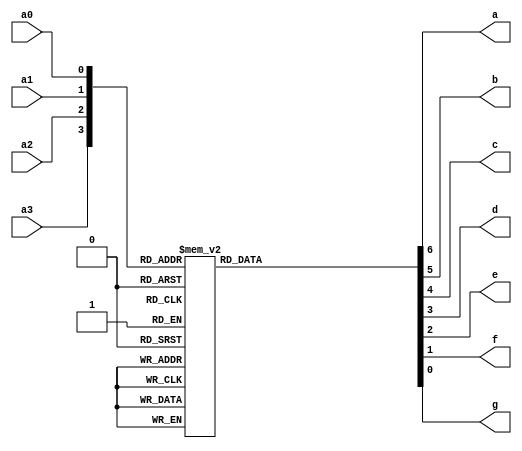
module Display(a3,a2,a1,a0,a,b,c,d,e,f,g);
	output a,b,c,d,e,f,g;
	input a3,a2,a1,a0;
	reg[6:0] segmentos;
	always @(*)
	case({a3,a2,a1,a0})
		4'b0000: segmentos=7'b0000001;
		4'b0001: segmentos=7'b1001111;
		4'b0010: segmentos=7'b0010010;
		4'b0011: segmentos=7'b0000110;
		4'b0100: segmentos=7'b1001100;
		4'b0101: segmentos=7'b0100100;
		4'b0110: segmentos=7'b0100000;
		4'b0111: segmentos=7'b0001111;
		4'b1000: segmentos=7'b0000000;
		4'b1001: segmentos=7'b0000100;
		default: segmentos = 7'b1111111;
	endcase
	assign {a,b,c,d,e,f,g} = segmentos;
endmodule